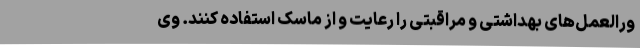
ورالعمل‌های بهداشتی و مراقبتی را رعایت و از ماسک استفاده کنند. وی